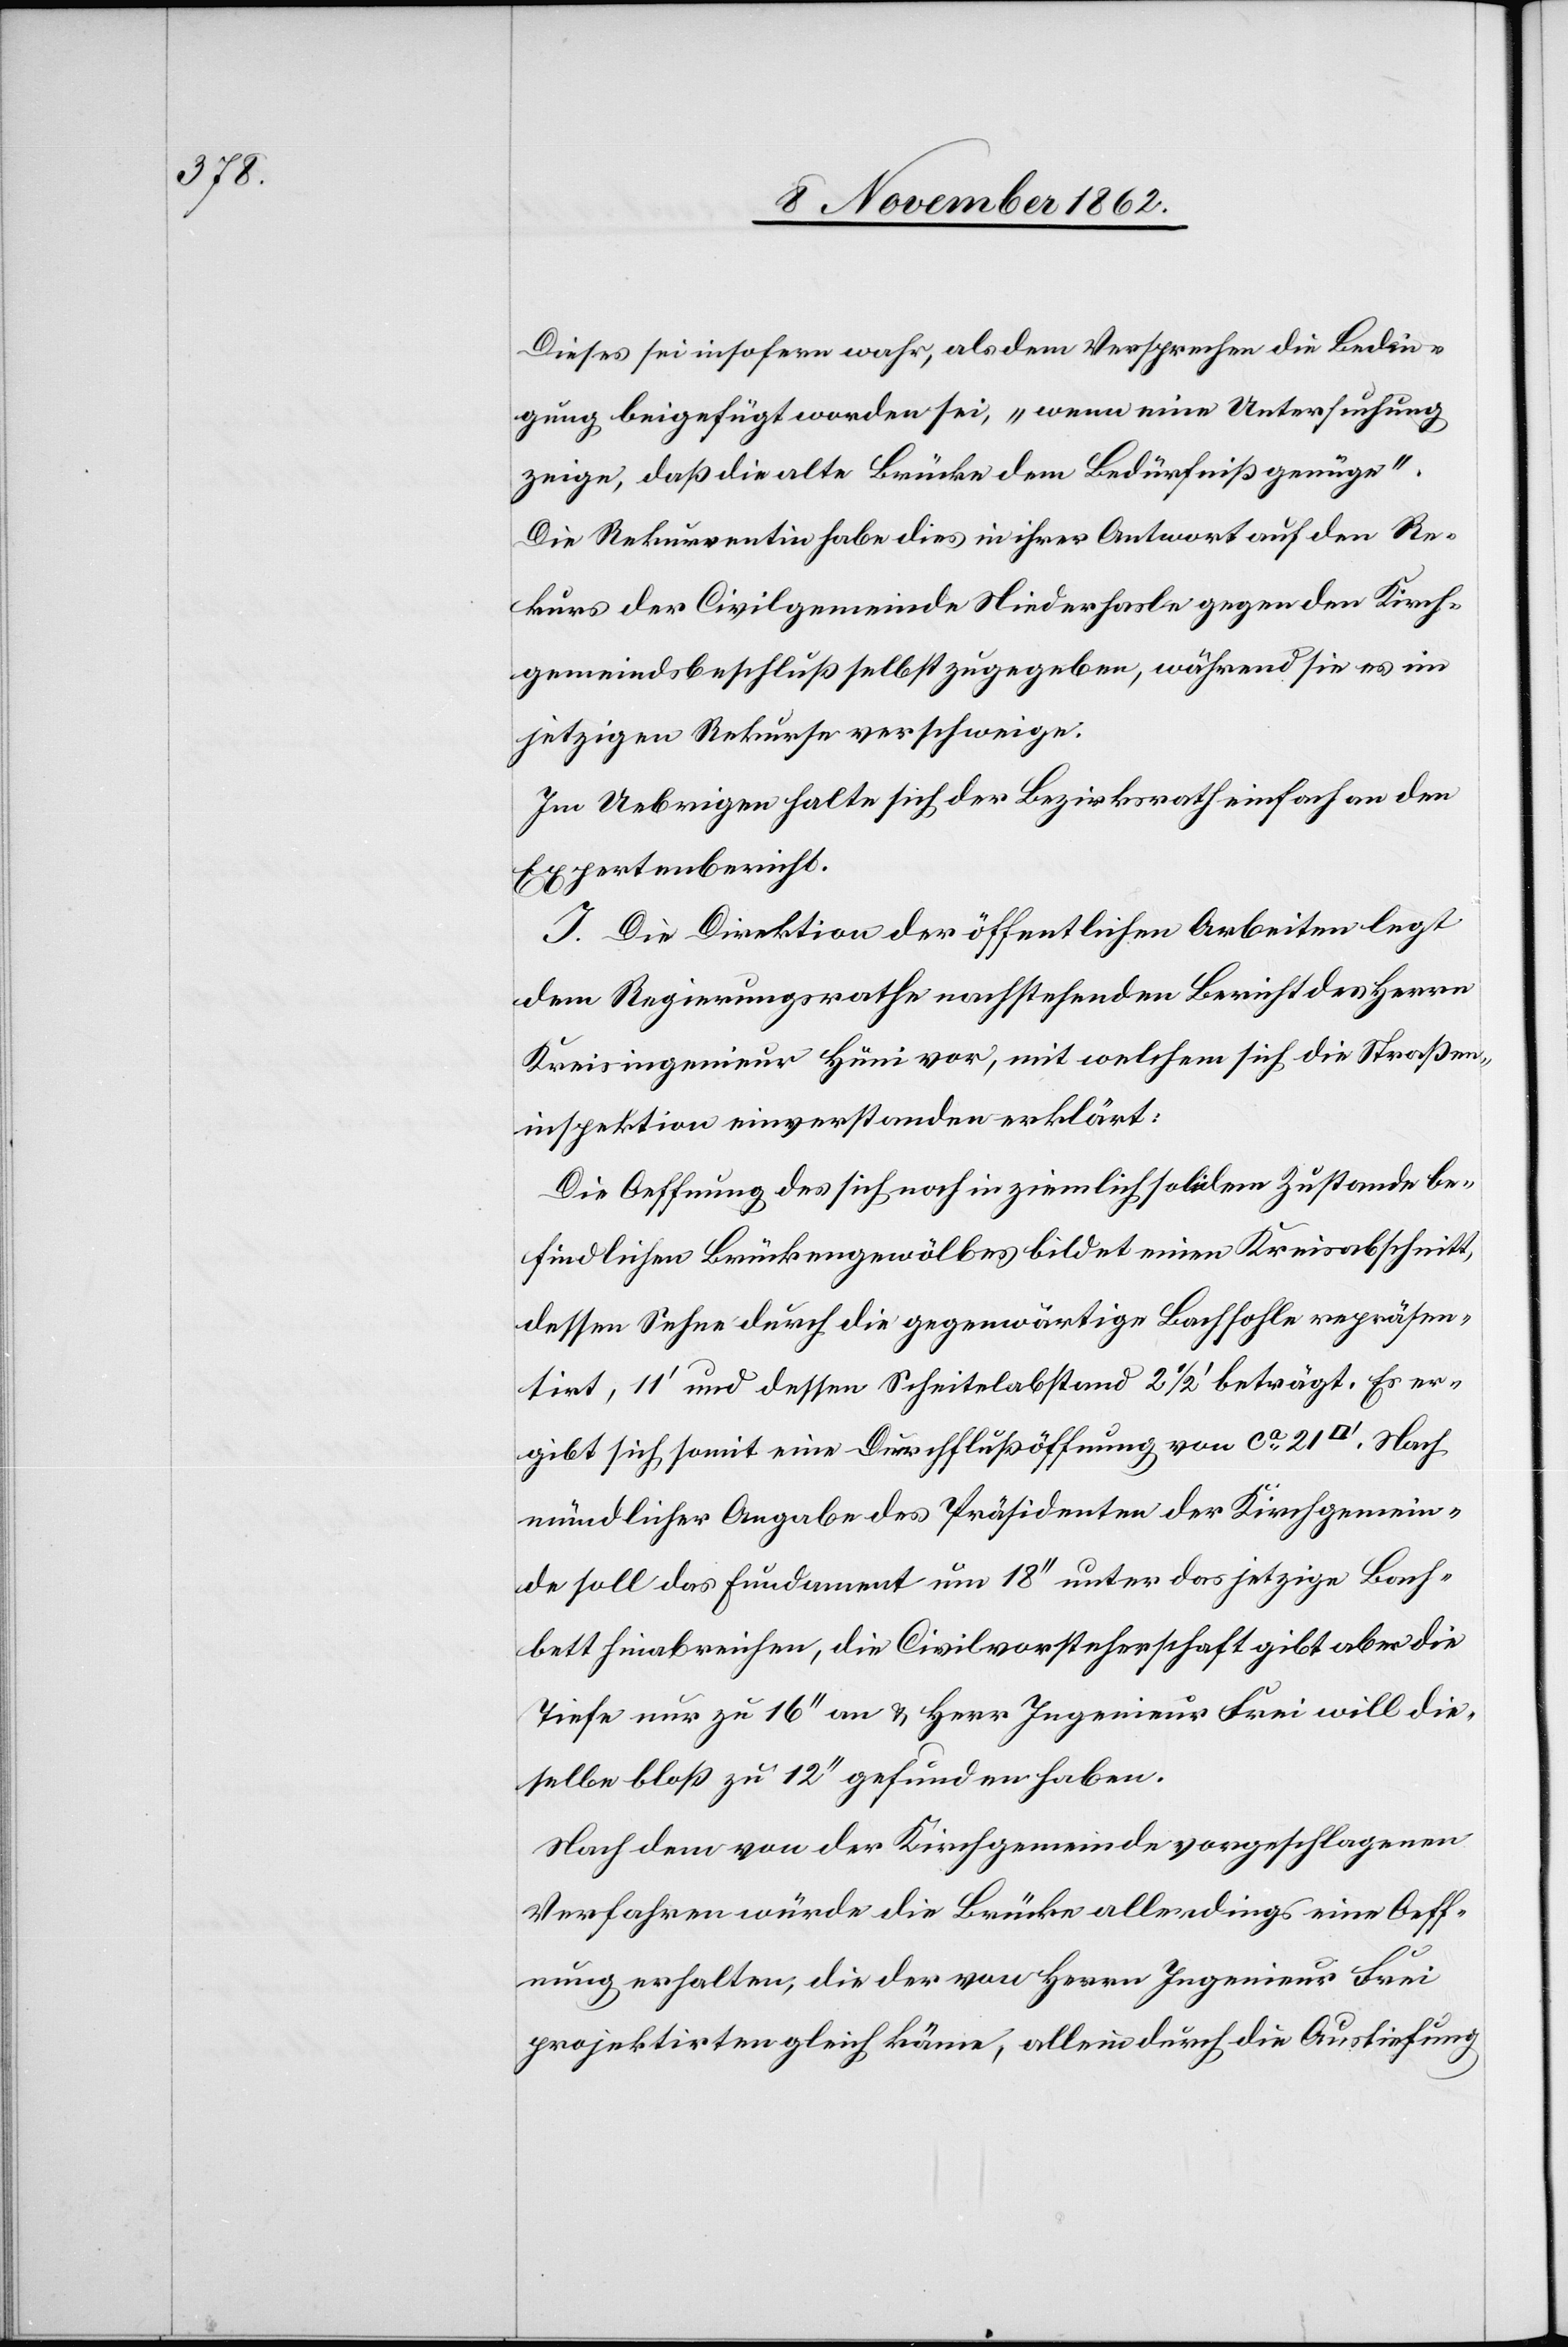
Dieses sei insofern wahr, als dem Versprechen die Bedin¬
gung beigefügt worden sei, „wenn eine Untersuchung
zeige, daß die alte Brücke dem Bedürfniß genüge“.
Die Rekurrentin habe dies in ihrer Antwort auf den Re¬
kurs der Civilgemeinde Niederhasle gegen den Kirch¬
gemeindsbeschluß selbst zugegeben, während sie es im
jetzigen Rekurse verschweige.
Im Uebrigen halte sich der Bezirksrath einfach an den
Expertenbericht.
J. Die Direktion der öffentlichen Arbeiten legt
dem Regierungsrathe nachstehenden Bericht des Herrn
Kreisingenieur Hüni vor, mit welchem sich die Straßen¬
inspektion einverstanden erklärt:
Die Oeffnung des sich noch in ziemlich solidem Zustande be¬
findlichen Brückengewölbes bildet einen Kreisabschnitt,
dessen Sehne durch die gegenwärtige Bachsohle repräsen¬
tirt, 11’ und dessen Scheitelabstand 2 1/2’ beträgt. Es er¬
gibt sich somit eine Durchflußöffnung von ca 21
mündlicher Angabe des Präsidenten der Kirchgemein¬
de soll das Fundament um 18’’ unter das jetzige Bach¬
bett hinabreichen, die Civilvorsteherschaft gibt aber die
Tiefe nur zu 16’’ an u. Herr Ingenieur Frei will die¬
selbe bloß zu 12’’ gefunden haben.
Nach dem von der Kirchgemeinde vorgeschlagenen
Verfahren würde die Brücke allerdings eine Oeff¬
nung erhalten, die der von Herrn Ingenieur Frei
projektirten gleich käme, allein durch die Auslieferung